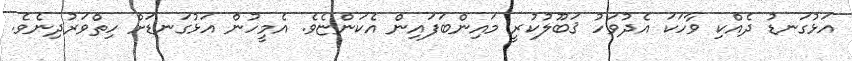
އަޅުގަނޑު ދެއްކި ވާހަކަ އެދުވަހު ޤަބޫލުކުރީ މައިންބަފައިން އެކަންޏެވެ. އެމީހުން އަޅުގަނޑަށް ހިތްވަރުދިނެވެ.